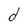
Character: d